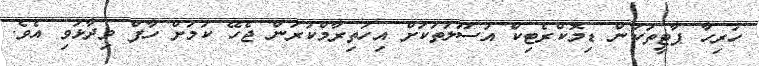
ހުރިހާ ޕާޓީތަކުން ޑިމޮކްރެޓިކް އުސޫލުތަކަށް އިހުތިރާމްކުރަން ޖެހޭ ކަމަށް ހާފް ވިދާޅުވި އެވެ.